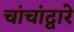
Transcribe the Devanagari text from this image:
चांचांद्वारे